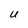
Character: U